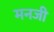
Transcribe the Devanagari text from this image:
मनजी